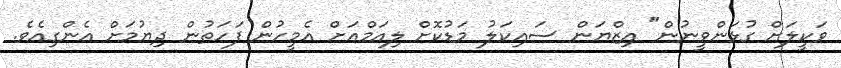
ވަކީލަށް ގުޅަންވީނުން" އިޒްޔަން ސައިކަލު މަޑުކޮށް ލިއަމްއަށް އެމީހުން ފަހަތުން ދިޔުމަށް އެންގިއެވެ.